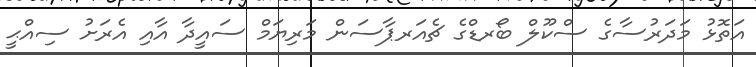
އަތޮޅު މަދަރުސާގެ ސްކޫލް ބޯރޑްގެ ޗެއަރޕާސަން މަރިޔަމް ސައީދާ އާއި އެރަށު ސިއްޙީ